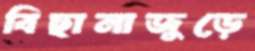
বিছানাজুড়ে